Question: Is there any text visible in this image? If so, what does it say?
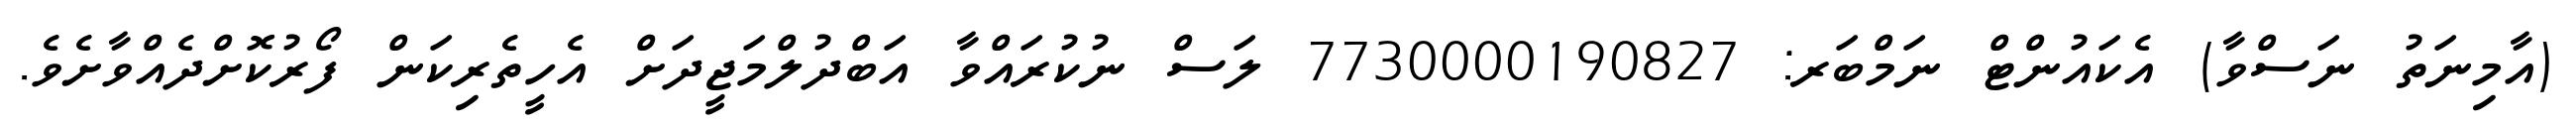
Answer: (އާމިނަތު ނަސްވާ) އެކައުންޓް ނަމްބަރ: 7730000190827 ލަސް ނުކުރައްވާ އަބްދުލްމަޖީދަށް އެހީތެރިކަން ފޯރުކޮށްދެއްވާށެވެ.